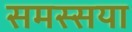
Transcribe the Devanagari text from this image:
समस्सया